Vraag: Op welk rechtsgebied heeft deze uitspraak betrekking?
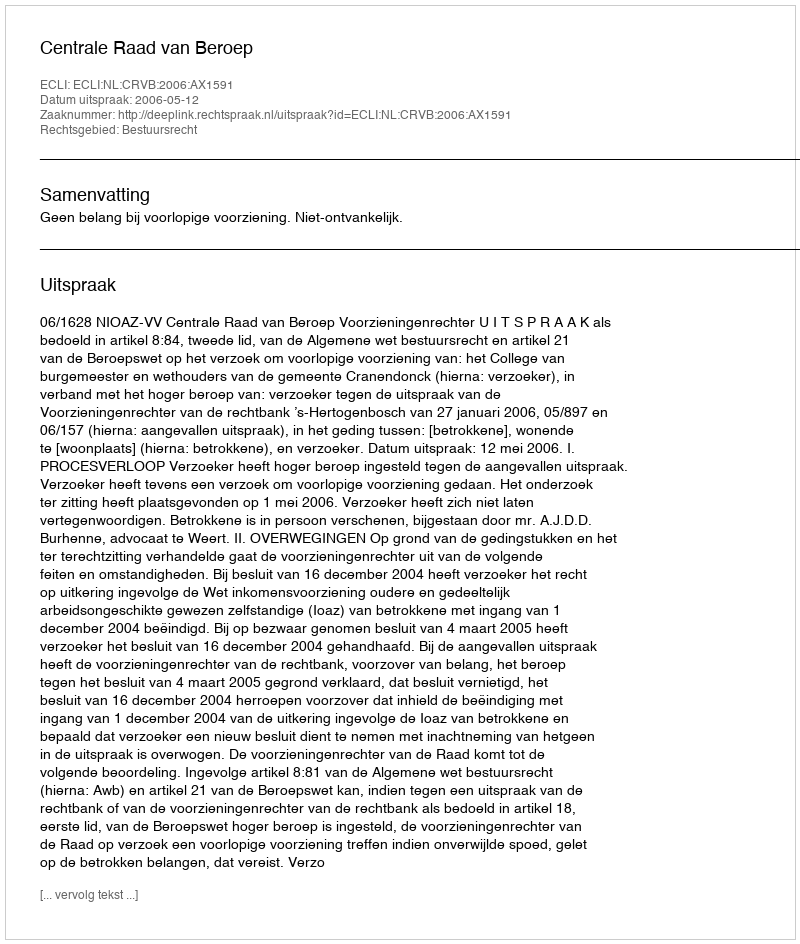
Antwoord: Bestuursrecht